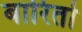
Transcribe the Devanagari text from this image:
बारितो